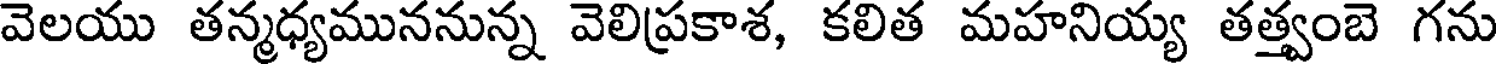
వెలయు తన్మధ్యముననున్న వెలిప్రకాశ, కలిత మహనియ్య తత్త్వంబె గను